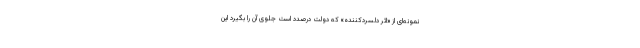
نمونه‌ای از «اثر دلسردکننده» که دولت درصدد است جلوی آن را بگیرد این